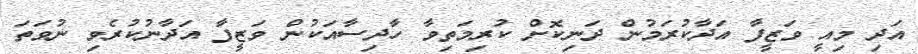
އަދި މިއީ ވަޒީފާ އަދާކުރަމުން ދަނިކޮށް ކުރިމަތިވާ ހާދިސާއަކުން ވަޒީފާ އަދާނުކުރެވި ނުވަތަ